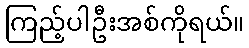
ကြည့်ပါဦးအစ်ကိုရယ်။